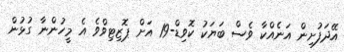
އޭދަފުށިން އަނެއްކާ ވެސް ބަޔަކު ކޮވިޑް-19 އަށް ޕޮޒިޓިވްވެ އެ މީހުންނާ ގުޅުން